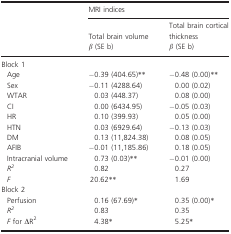
<table><thead><tr><td></td><td colspan="2"><b>MRI indices</b></td></tr><tr><td></td><td><b>Total brain volume</b></td><td><b>Total brain cortical thickness</b></td></tr><tr><td></td><td><b><i>β</i> (SE b)</b></td><td><b><i>β</i> (SE b)</b></td></tr></thead><tbody><tr><td colspan="3">Block 1</td></tr><tr><td> Age</td><td>−0.39 (404.65)**</td><td>−0.48 (0.00)**</td></tr><tr><td> Sex</td><td>−0.11 (4288.64)</td><td>0.00 (0.02)</td></tr><tr><td> WTAR</td><td>0.03 (448.37)</td><td>0.08 (0.00)</td></tr><tr><td> CI</td><td>0.00 (6434.95)</td><td>−0.05 (0.03)</td></tr><tr><td> HR</td><td>0.10 (399.93)</td><td>0.05 (0.00)</td></tr><tr><td> HTN</td><td>0.03 (6929.64)</td><td>−0.13 (0.03)</td></tr><tr><td> DM</td><td>0.13 (11,824.38)</td><td>0.08 (0.05)</td></tr><tr><td> AFIB</td><td>−0.01 (11,185.86)</td><td>0.18 (0.05)</td></tr><tr><td> Intracranial volume</td><td>0.73 (0.03)**</td><td>−0.01 (0.00)</td></tr><tr><td> <i>R</i><sup><i>2</i></sup></td><td>0.82</td><td>0.27</td></tr><tr><td> <i>F</i></td><td>20.62**</td><td>1.69</td></tr><tr><td colspan="3">Block 2</td></tr><tr><td> Perfusion</td><td>0.16 (67.69)*</td><td>0.35 (0.00)*</td></tr><tr><td> <i>R</i><sup><i>2</i></sup></td><td>0.83</td><td>0.35</td></tr><tr><td> <i>F</i> for ΔR<sup>2</sup></td><td>4.38*</td><td>5.25*</td></tr></tbody></table>